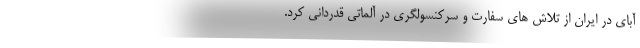
آبای در ایران از تلاش های سفارت و سرکنسولگری در آلماتی قدردانی کرد.